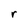
Character: r